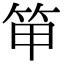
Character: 笚